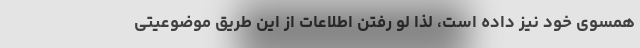
همسوی خود نیز داده است، لذا لو رفتن اطلاعات از این طریق موضوعیتی